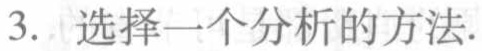
3. 选择一个分析的方法.